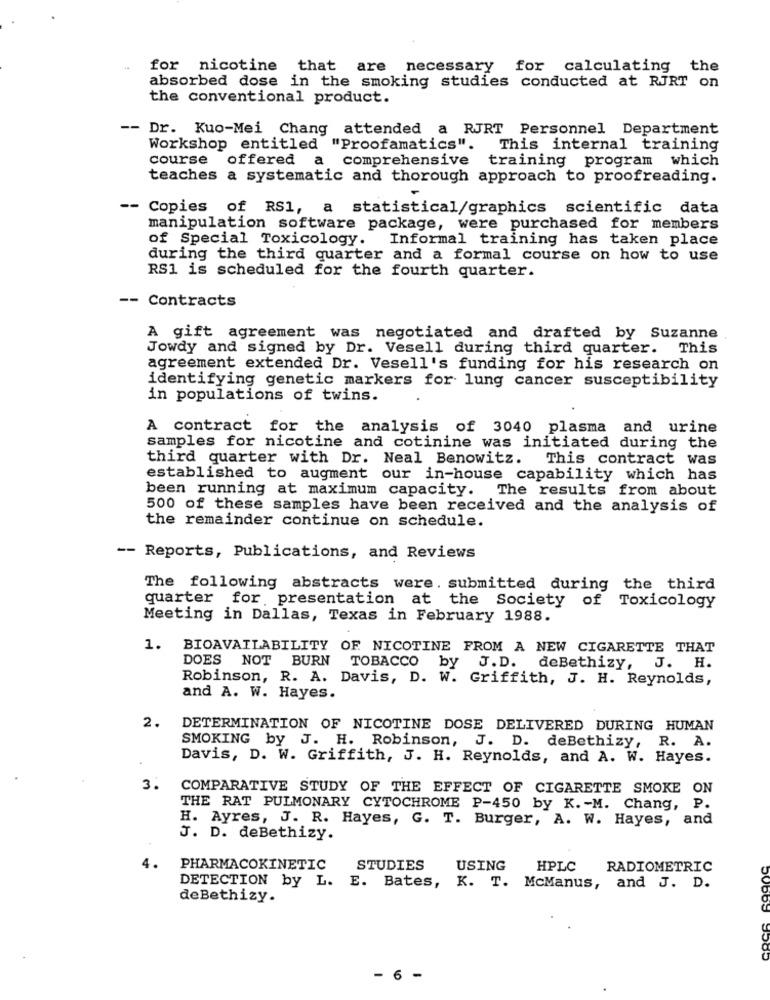
for nicotine that are necessary
for calculating the
absorbed dose in the smoking studies conducted at RJRT on
the conventional product.
-- Dr. Kuo-Mei Chang attended a RJRT Personnel Department
Workshop entitled "Proofamatics".
This internal training
course offered
a comprehensive training program which
teaches a systematic and thorough approach to proofreading.
-- Copies of RS1, a statistical/graphics scientific data
manipulation software package, were purchased for members
of Special Toxicology.
Informal training has taken place
during the third quarter and a formal course on how to use
RS1 is scheduled for the fourth quarter.
-- Contracts
A gift agreement was negotiated and drafted by Suzanne
Jowdy and signed by Dr. Vesell during third quarter.
This
agreement extended Dr. Vesell's funding for his research on
identifying genetic markers for lung cancer susceptibility
in populations of twins.
A contract for the analysis of 3040 plasma and urine
samples for nicotine and cotinine was initiated during the
third quarter with Dr. Neal Benowitz. This contract was
established to augment our in-house capability which has
been running at maximum capacity.
The results from about
500 of these samples have been received and the analysis of
the remainder continue on schedule.
-- Reports, Publications, and Reviews
The following abstracts were. submitted during the third
quarter for presentation at the Society of Toxicology
Meeting in Dallas, Texas in February 1988.
1.
BIOAVAILABILITY OF NICOTINE FROM A NEW CIGARETTE THAT
DOES NOT BURN
TOBACCO
by
J.D.
deBethizy,
J. H.
Robinson, R. A. Davis, D. W. Griffith, J. H. Reynolds,
and A. W. Hayes.
2.
DETERMINATION OF NICOTINE DOSE DELIVERED DURING HUMAN
SMOKING by J. H. Robinson, J. D. deBethizy, R. A.
Davis, D. W. Griffith, J. H. Reynolds, and A. W. Hayes.
3.
COMPARATIVE STUDY OF THE EFFECT OF CIGARETTE SMOKE ON
THE RAT PULMONARY CYTOCHROME P-450 by K. - M. Chang, P.
H. Ayres, J. R. Hayes, G. T. Burger, A. W. Hayes, and
J. D. deBethizy.
PHARMACOKINETIC
STUDIES
USING
HPLC
RADIOMETRIC
DETECTION by L. E. Bates, K. T. McManus, and J. D.
deBethizy.
- 6 -